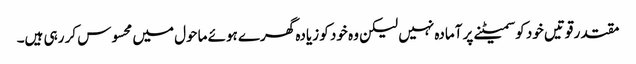
مقتدر قوتیں خود کو سمیٹنے پر آمادہ نہیں لیکن وہ خود کو زیادہ گھرے ہوئے ماحول میں محسوس کر رہی ہیں۔